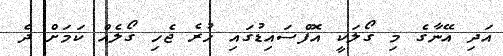
އަދި އޭނާގެ މި ގޯލަކީ އޮފްސައިޑުގައި ހުރެ ޖެހި ގޯލެއް ކަމަށް ދެ